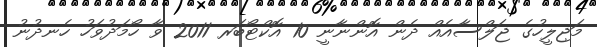
މަޖިލީހުގެ ޖަލްސާއެއް ދެން އޮންނާނީ 10 އޮކްޓޯބަރ 2011 ވާ ހޯމަދުވަހު ހެނދުނު